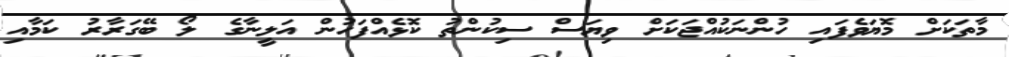
މާތަކަށް މޮޔަވެފައި ހުންނަކުއްޖަކަށް ވިޔަސް ސިކުންތު ކޮޅެއްފަހުން އަލީނާގެ ލޯ ބޭގަރާރު ކަމާއި